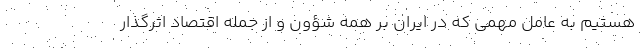
هستیم به عامل مهمی که در ایران بر همه شؤون و از جمله اقتصاد اثرگذار